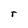
Character: r